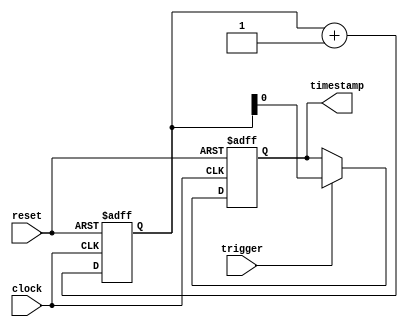
module Timing_Control_Sync(
    input wire clock,
    input wire reset,
    input wire trigger,
    output reg timestamp
);

reg [31:0] timer_count;

always @(posedge clock or posedge reset) begin
    if (reset) begin
        timer_count <= 0;
        timestamp <= 0;
    end
    else begin
        timer_count <= timer_count + 1;
        if (trigger) begin
            timestamp <= timer_count;
        end
    end
end

endmodule